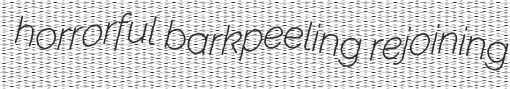
horrorful barkpeeling rejoining